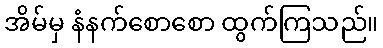
အိမ်မှ နံနက်စောစော ထွက်ကြသည်။